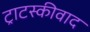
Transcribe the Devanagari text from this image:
ट्राटस्कीवाद